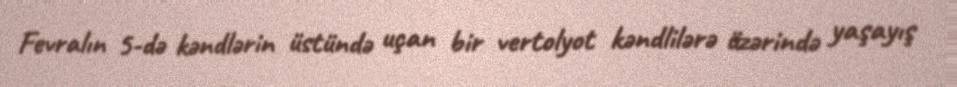
Fevralın 5-də kəndlərin üstündə uçan bir vertolyot kəndlilərə üzərində yaşayış